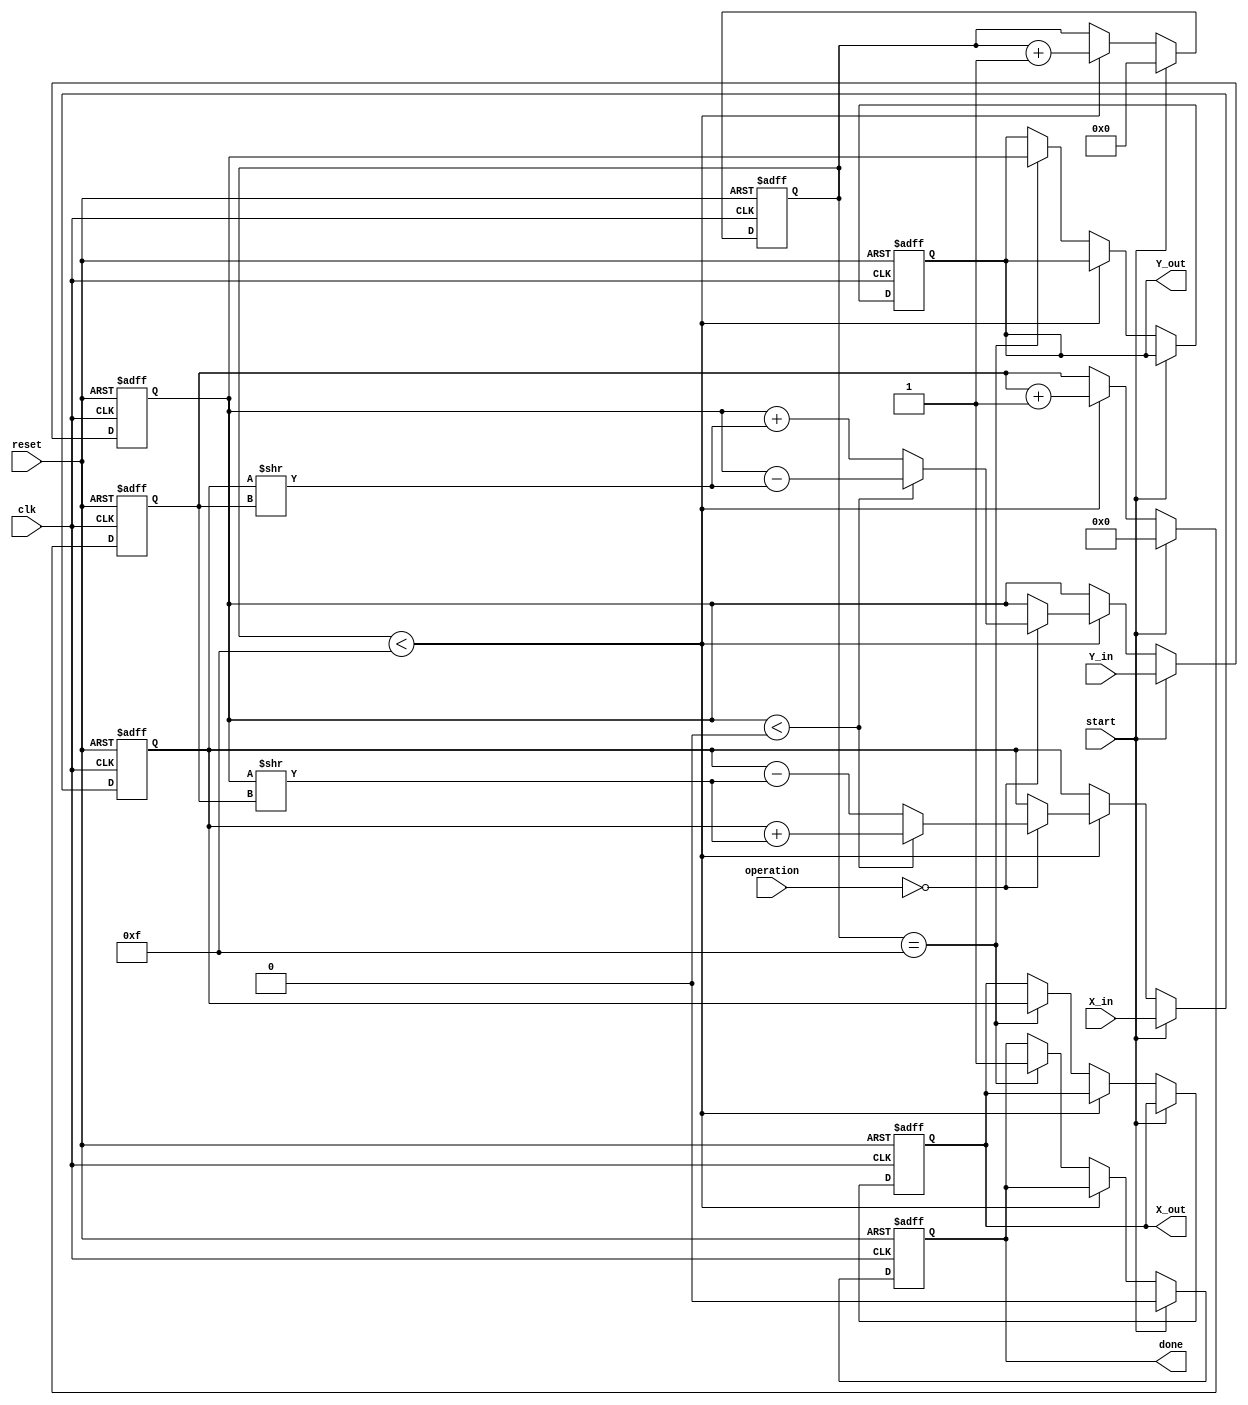
module complex_cordic (
    input wire clk,
    input wire reset,
    input wire [15:0] X_in,  // Real part input
    input wire [15:0] Y_in,  // Imaginary part input
    input wire [2:0] operation,  // Control signals for operation
    input wire start,
    output reg [15:0] X_out, // Real part output
    output reg [15:0] Y_out, // Imaginary part output
    output reg done // Signal to indicate completion of operation
);

// Internal Registers
reg [15:0] X_reg;
reg [15:0] Y_reg;
reg [7:0] angle_index;
reg [15:0] angle_table [0:15]; // Lookup table for arctangent values
reg [3:0] iteration_count;
reg [3:0] max_iterations = 4'd15; // Maximum iterations

// CORDIC angles (precomputed)
initial begin
    angle_table[0] = 16'h0000; // atan(0) = 0
    angle_table[1] = 16'h2000; // atan(1/2^1)
    angle_table[2] = 16'h1000; // atan(1/2^2)
    angle_table[3] = 16'h0800; // atan(1/2^3)
    angle_table[4] = 16'h0400; // atan(1/2^4)
    angle_table[5] = 16'h0200; // atan(1/2^5)
    angle_table[6] = 16'h0100; // atan(1/2^6)
    angle_table[7] = 16'h0080; // atan(1/2^7)
    angle_table[8] = 16'h0040; // atan(1/2^8)
    angle_table[9] = 16'h0020; // atan(1/2^9)
    angle_table[10] = 16'h0010; // atan(1/2^10)
    angle_table[11] = 16'h0008; // atan(1/2^11)
    angle_table[12] = 16'h0004; // atan(1/2^12)
    angle_table[13] = 16'h0002; // atan(1/2^13)
    angle_table[14] = 16'h0001; // atan(1/2^14)
    angle_table[15] = 16'h0000; // atan(1/2^15)
end

// State Machine Control
always @(posedge clk or posedge reset) begin
    if (reset) begin
        X_reg <= 16'b0;
        Y_reg <= 16'b0;
        angle_index <= 0;
        iteration_count <= 0;
        done <= 0;
        X_out <= 16'b0;
        Y_out <= 16'b0;
    end else if (start) begin
        // Initialize input to registers
        X_reg <= X_in;
        Y_reg <= Y_in;
        angle_index <= 0;
        iteration_count <= 0;
        done <= 0;
    end else if (iteration_count < max_iterations) begin
        // CORDIC Iteration
        if (operation == 3'b000) begin // Rotation Operation
            if (Y_reg < 0) begin
                // Rotate vector counterclockwise
                X_reg <= X_reg + (Y_reg >> angle_index);
                Y_reg <= Y_reg - (X_reg >> angle_index);
            end else begin
                // Rotate vector clockwise
                X_reg <= X_reg - (Y_reg >> angle_index);
                Y_reg <= Y_reg + (X_reg >> angle_index);
            end
        end else if (operation == 3'b001) begin // Vectoring Operation
            // Vectoring would be implemented here
            // For simplicity, we will leave it unimplemented
        end

        // Increment current angle index and iteration count
        angle_index <= angle_index + 1;
        iteration_count <= iteration_count + 1;
    end else if (iteration_count == max_iterations) begin
        // Operation complete, assign output
        X_out <= X_reg;
        Y_out <= Y_reg;
        done <= 1;
    end
end

endmodule